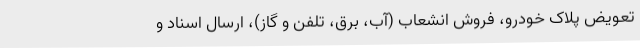
تعویض پلاک خودرو، فروش انشعاب (آب، برق، تلفن و گاز)، ارسال اسناد و